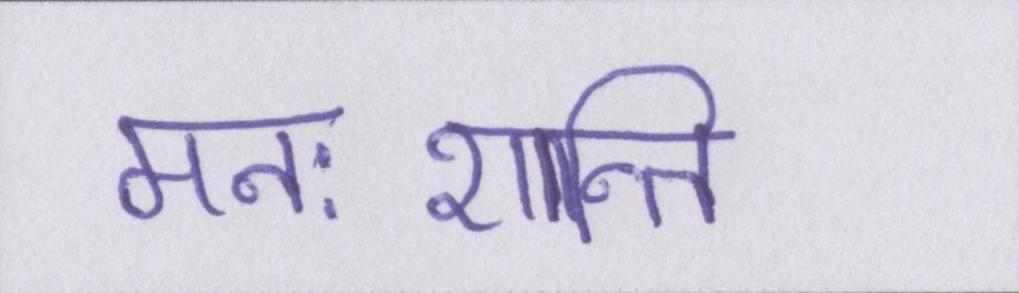
मनःशान्ति